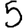
Digit: 5